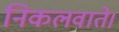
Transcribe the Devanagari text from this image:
निकलवाते।